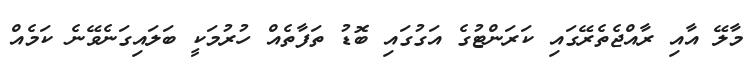
މާލޭ އާއި ރާއްޖެތެރޭގައި ކަރަންޓުގެ އަގުގައި ބޮޑު ތަފާތެއް ހުރުމަކީ ބަލައިގަނެވޭނެ ކަމެއް